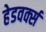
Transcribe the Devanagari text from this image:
हेडवर्क्स